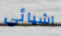
اشيائي